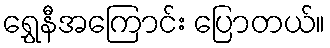
ရွှေနီအကြောင်း ပြောတယ်။